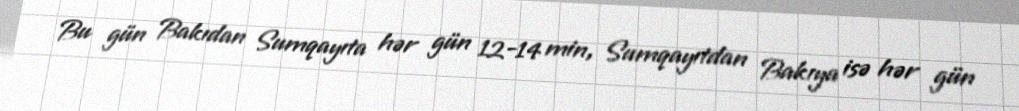
Bu gün Bakıdan Sumqayıta hər gün 12-14 min, Sumqayıtdan Bakıya isə hər gün